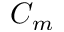
C _ { m }